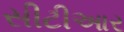
સીટીઆર